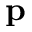
\textbf { p }